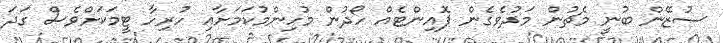
ސުޒޭން ބުނީ މެޗުން މަދުވެގެން ޕޮއިންޓެއް ހޯދުން މުހިންމުކަމަށާއި ހުރިހާ ޓީމަކަށްވެސް ގަދަ